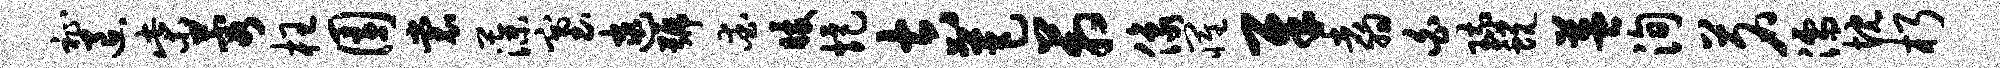
祉退柴蓉枉园裳藻塞逮号爱暖炬吉芭箱像罹犀翥白琉蜕益洵茗濡忱朽